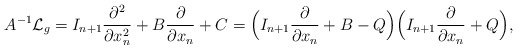
\begin{align*} A^{-1} \mathcal{L}_g = I_{n+1}\frac{\partial^2 }{\partial x_n^2} + B \frac{\partial }{\partial x_n} + C = \Bigl(I_{n+1}\frac{\partial }{\partial x_n} + B - Q\Bigr)\Bigl(I_{n+1}\frac{\partial }{\partial x_n} + Q\Bigr),\end{align*}